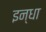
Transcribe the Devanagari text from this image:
इन्धा